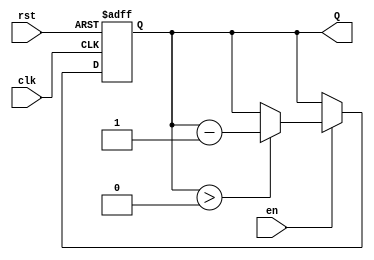
module binary_down_counter #(
    parameter N = 4 // Define the width of the counter (n bits)
)(
    input wire clk,    // Clock signal
    input wire rst,    // Reset signal (active high)
    input wire en,     // Enable signal (active high)
    output reg [N-1:0] Q // n-bit output count
);

// Maximum count value (2^N - 1)
localparam MAX_COUNT = (1 << N) - 1;

always @(posedge clk or posedge rst) begin
    if (rst) begin
        // Reset the counter to maximum count value
        Q <= MAX_COUNT;
    end else if (en) begin
        // Decrement the counter if enabled
        if (Q > 0) begin
            Q <= Q - 1;
        end
    end
end

endmodule